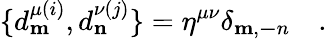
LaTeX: \{ d_{\mathbf m}^{\mu(i)},d_{\mathbf n}^{\nu(j)}\} =\eta^{\mu\nu}\delta_{\mathbf m,\mathbf-n}\quad.